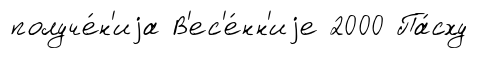
получе́н'иjа В'ес'е́нн'иjе 2000 Па́сху